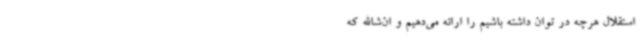
استقلال هرچه در توان داشته باشیم را ارائه می‌دهیم و ان‌شاالله که